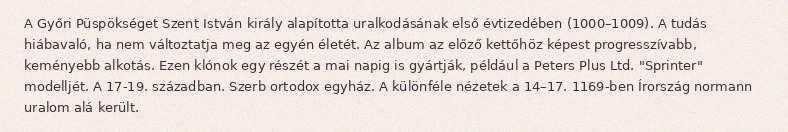
A Győri Püspökséget Szent István király alapította uralkodásának első évtizedében (1000–1009). A tudás hiábavaló, ha nem változtatja meg az egyén életét. Az album az előző kettőhöz képest progresszívabb, keményebb alkotás. Ezen klónok egy részét a mai napig is gyártják, például a Peters Plus Ltd. "Sprinter" modelljét. A 17-19. században. Szerb ortodox egyház. A különféle nézetek a 14–17. 1169-ben Írország normann uralom alá került.